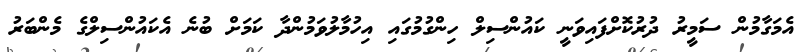
އެމަގާމުން ސަމީރު ދުރުކޮށްފައިވަނީ ކައުންސިލް ހިންގުމުގައި އިހުމާލުވަމުންދާ ކަމަށް ބުނެ އެކައުންސިލްގެ މެންބަރު